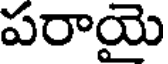
పరాయై